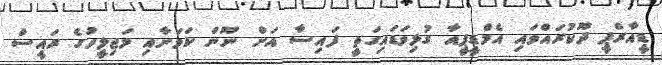
ޑީއާރްޕީ ދޫކުރައްވައި އެމްޑީޕީއާ ގުޅިވަޑައިގަތީ ފައިސާ އަށް ނޫން ކަމަށާއި މަޖިލީހުގެ ރައީސް